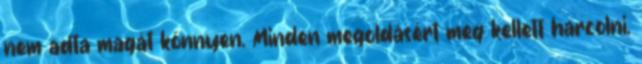
nem adta magát könnyen. Minden megoldásért meg kellett harcolni,